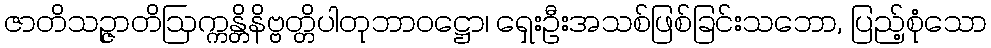
ဇာတိသဉ္ဇာတိဩက္ကန္တိနိဗ္ဗတ္တိပါတုဘာဝဋ္ဌော၊ ရှေးဦးအသစ်ဖြစ်ခြင်းသဘော, ပြည့်စုံသော